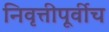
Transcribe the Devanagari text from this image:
निवृत्तीपूर्वीच